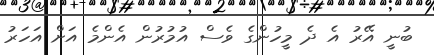
ބުނީ އޭރު އެ ދެ މީހުންގެ ވެސް އުމުރުން އެންމެ އަށް އަހަރު